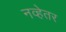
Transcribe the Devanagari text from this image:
नव्हेतर